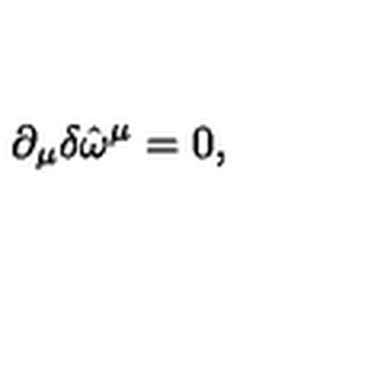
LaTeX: \partial _ { \mu } \delta \hat { \omega } ^ { \mu } = 0 ,